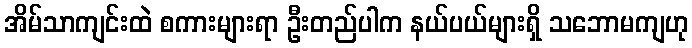
အိမ်သာကျင်းထဲ စကားများရာ ဦးတည်ပါက နယ်ပယ်များရှိ သဘောမကျဟု